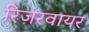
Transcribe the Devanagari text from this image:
रिज़रवायर